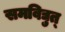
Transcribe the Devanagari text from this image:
समविद्युत्‌